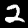
Label: 2